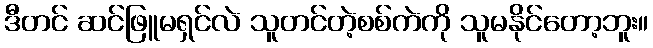
ဒီတင် ဆင်ဖြူမရှင်လဲ သူတင်တဲ့စစ်ကဲကို သူမနိုင်တော့ဘူး။